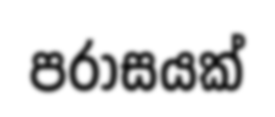
පරාසයක්